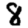
Digit: 8